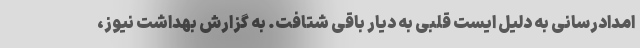
امدادرسانی به دلیل ایست قلبی به دیار باقی شتافت. به گزارش بهداشت نیوز،